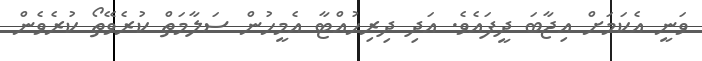
ވަނީ އެކަމަށް އިޖާބަ ދީފައެވެ. އަދި ދިރިހުއްޓާ އެމީހުން ސަލާމަތް ކުރެވޭތޯ ކުރެވެން